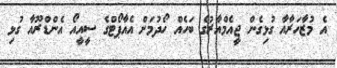
އެ މުޒާހަރާއާ ގުޅިގެން ޖީއެމްއާރުގެ ބަހެއް ހޯދުމަށް އެއާޕޯޓްގެ ސީއީއޯ އެންޑްރޫއާ ގުޅި